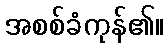
အစစ်ခံကုန်၏။